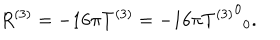
R ^ { ( 3 ) } = - 1 6 \pi T ^ { ( 3 ) } = - 1 6 \pi { { T ^ { ( 3 ) } } ^ { 0 } } _ { 0 } .